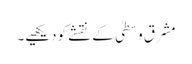
مشرق وسطیٰ کے نقشے کو دیکھیے۔